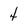
Character: 4